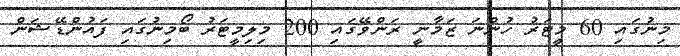
މިނުގައި 60 މީޓަރު ހުންނަ ޒަމާނީ ރަންވޭގައި 200 މިލިމީޓަރު ބޯމިނުގައި ފައުންޑޭޝަން